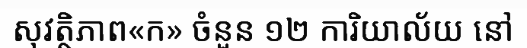
សុវត្ថិភាព«ក» ចំនួន ១២ ការិយាល័យ នៅ